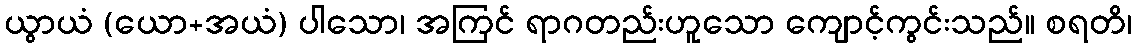
ယွာယံ (ယော+အယံ) ပါသော၊ အကြင် ရာဂတည်းဟူသော ကျောင့်ကွင်းသည်။ စရတိ၊